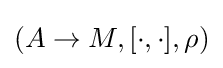
(A\to M,[\cdot ,\cdot ],\rho )